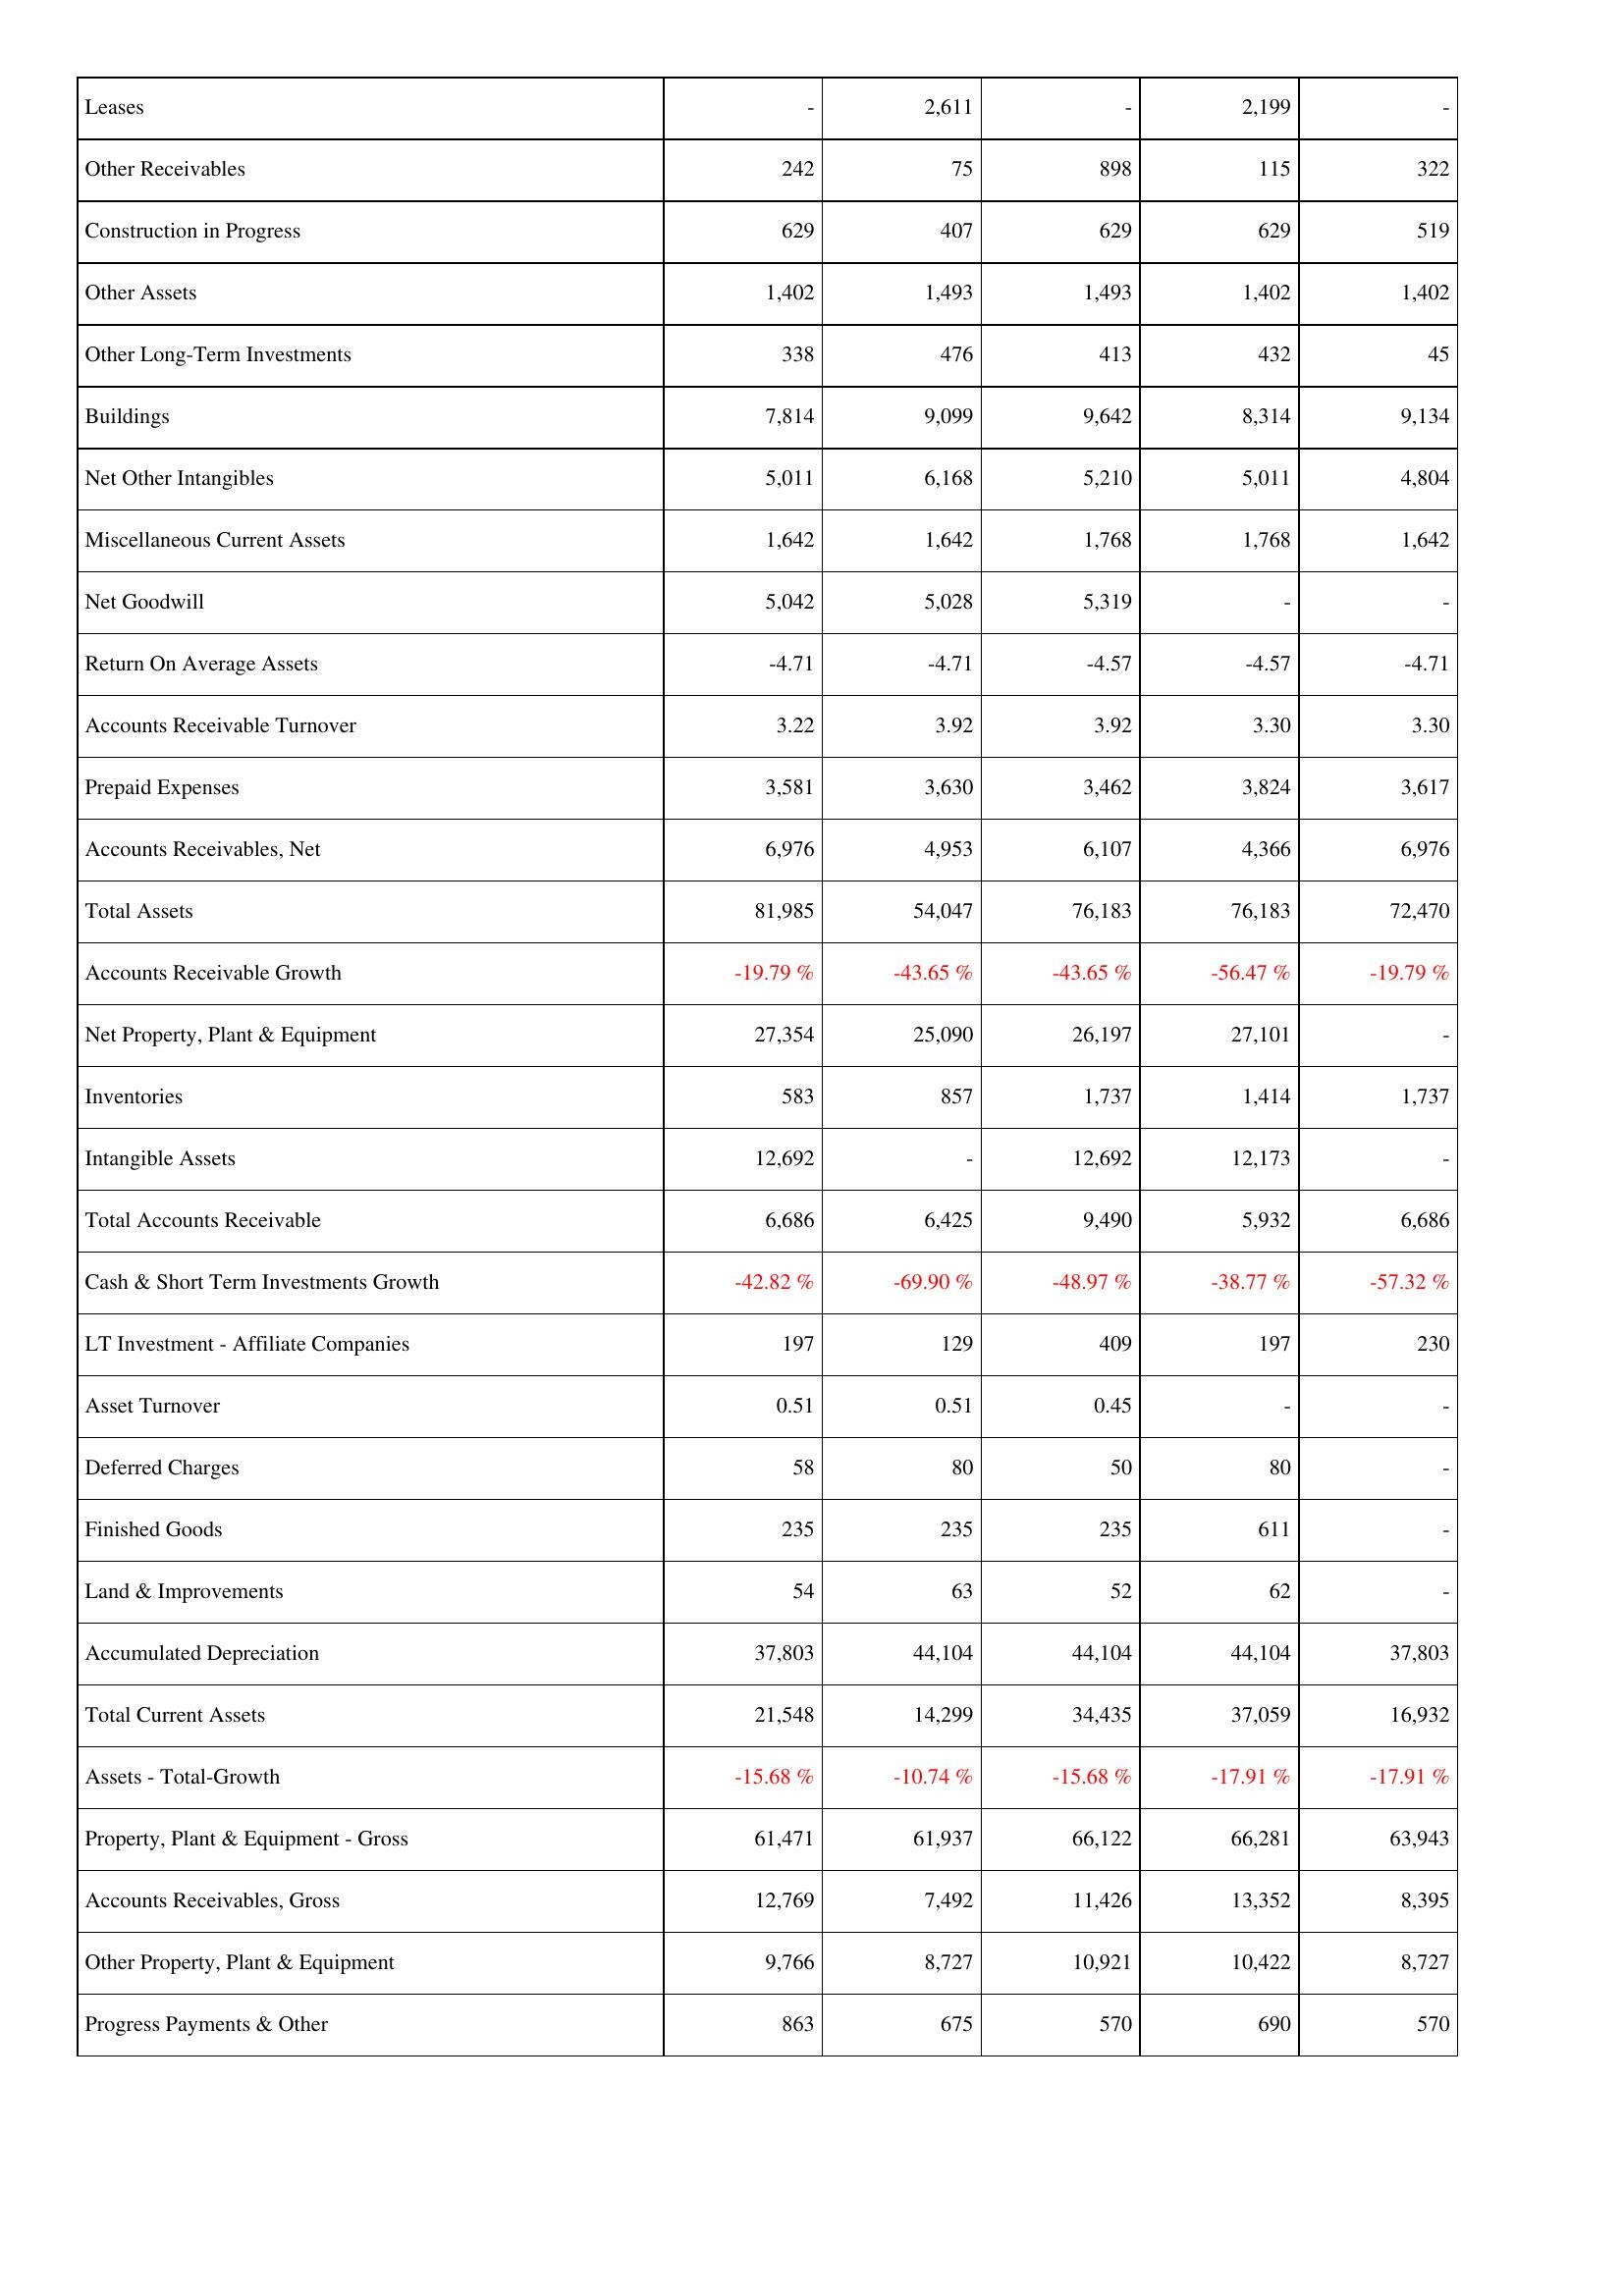
2026: Assets: Leases: -
Other Receivables: 242
Construction in Progress: 629
Other Assets: 1,402
Other Long-Term Investments: 338
Buildings: 7,814
Net Other Intangibles: 5,011
Miscellaneous Current Assets: 1,642
Net Goodwill: 5,042
Return On Average Assets: -4.71
Accounts Receivable Turnover: 3.22
Prepaid Expenses: 3,581
Accounts Receivables, Net: 6,976
Total Assets: 81,985
Accounts Receivable Growth: -19.79 %
Net Property, Plant & Equipment: 27,354
Inventories: 583
Intangible Assets: 12,692
Total Accounts Receivable: 6,686
Cash & Short Term Investments Growth: -42.82 %
LT Investment - Affiliate Companies: 197
Asset Turnover: 0.51
Deferred Charges: 58
Finished Goods: 235
Land & Improvements: 54
Accumulated Depreciation: 37,803
Total Current Assets: 21,548
Assets - Total-Growth: -15.68 %
Property, Plant & Equipment - Gross: 61,471
Accounts Receivables, Gross: 12,769
Other Property, Plant & Equipment: 9,766
Progress Payments & Other: 863
2025: Assets: Leases: 2,611
Other Receivables: 75
Construction in Progress: 407
Other Assets: 1,493
Other Long-Term Investments: 476
Buildings: 9,099
Net Other Intangibles: 6,168
Miscellaneous Current Assets: 1,642
Net Goodwill: 5,028
Return On Average Assets: -4.71
Accounts Receivable Turnover: 3.92
Prepaid Expenses: 3,630
Accounts Receivables, Net: 4,953
Total Assets: 54,047
Accounts Receivable Growth: -43.65 %
Net Property, Plant & Equipment: 25,090
Inventories: 857
Intangible Assets: -
Total Accounts Receivable: 6,425
Cash & Short Term Investments Growth: -69.90 %
LT Investment - Affiliate Companies: 129
Asset Turnover: 0.51
Deferred Charges: 80
Finished Goods: 235
Land & Improvements: 63
Accumulated Depreciation: 44,104
Total Current Assets: 14,299
Assets - Total-Growth: -10.74 %
Property, Plant & Equipment - Gross: 61,937
Accounts Receivables, Gross: 7,492
Other Property, Plant & Equipment: 8,727
Progress Payments & Other: 675
2024: Assets: Leases: -
Other Receivables: 898
Construction in Progress: 629
Other Assets: 1,493
Other Long-Term Investments: 413
Buildings: 9,642
Net Other Intangibles: 5,210
Miscellaneous Current Assets: 1,768
Net Goodwill: 5,319
Return On Average Assets: -4.57
Accounts Receivable Turnover: 3.92
Prepaid Expenses: 3,462
Accounts Receivables, Net: 6,107
Total Assets: 76,183
Accounts Receivable Growth: -43.65 %
Net Property, Plant & Equipment: 26,197
Inventories: 1,737
Intangible Assets: 12,692
Total Accounts Receivable: 9,490
Cash & Short Term Investments Growth: -48.97 %
LT Investment - Affiliate Companies: 409
Asset Turnover: 0.45
Deferred Charges: 50
Finished Goods: 235
Land & Improvements: 52
Accumulated Depreciation: 44,104
Total Current Assets: 34,435
Assets - Total-Growth: -15.68 %
Property, Plant & Equipment - Gross: 66,122
Accounts Receivables, Gross: 11,426
Other Property, Plant & Equipment: 10,921
Progress Payments & Other: 570
2023: Assets: Leases: 2,199
Other Receivables: 115
Construction in Progress: 629
Other Assets: 1,402
Other Long-Term Investments: 432
Buildings: 8,314
Net Other Intangibles: 5,011
Miscellaneous Current Assets: 1,768
Net Goodwill: -
Return On Average Assets: -4.57
Accounts Receivable Turnover: 3.30
Prepaid Expenses: 3,824
Accounts Receivables, Net: 4,366
Total Assets: 76,183
Accounts Receivable Growth: -56.47 %
Net Property, Plant & Equipment: 27,101
Inventories: 1,414
Intangible Assets: 12,173
Total Accounts Receivable: 5,932
Cash & Short Term Investments Growth: -38.77 %
LT Investment - Affiliate Companies: 197
Asset Turnover: -
Deferred Charges: 80
Finished Goods: 611
Land & Improvements: 62
Accumulated Depreciation: 44,104
Total Current Assets: 37,059
Assets - Total-Growth: -17.91 %
Property, Plant & Equipment - Gross: 66,281
Accounts Receivables, Gross: 13,352
Other Property, Plant & Equipment: 10,422
Progress Payments & Other: 690
2022: Assets: Leases: -
Other Receivables: 322
Construction in Progress: 519
Other Assets: 1,402
Other Long-Term Investments: 45
Buildings: 9,134
Net Other Intangibles: 4,804
Miscellaneous Current Assets: 1,642
Net Goodwill: -
Return On Average Assets: -4.71
Accounts Receivable Turnover: 3.30
Prepaid Expenses: 3,617
Accounts Receivables, Net: 6,976
Total Assets: 72,470
Accounts Receivable Growth: -19.79 %
Net Property, Plant & Equipment: -
Inventories: 1,737
Intangible Assets: -
Total Accounts Receivable: 6,686
Cash & Short Term Investments Growth: -57.32 %
LT Investment - Affiliate Companies: 230
Asset Turnover: -
Deferred Charges: -
Finished Goods: -
Land & Improvements: -
Accumulated Depreciation: 37,803
Total Current Assets: 16,932
Assets - Total-Growth: -17.91 %
Property, Plant & Equipment - Gross: 63,943
Accounts Receivables, Gross: 8,395
Other Property, Plant & Equipment: 8,727
Progress Payments & Other: 570